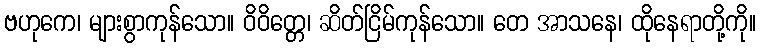
ဗဟုကေ၊ များစွာကုန်သော။ ဝိဝိတ္တေ၊ ဆိတ်ငြိမ်ကုန်သော။ တေ အာသနေ၊ ထိုနေရာတို့ကို။